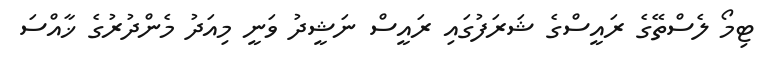
ޓިމޯ ލެސްތޭގެ ރައީސްގެ ޝަރަފުގައި ރައީސް ނަޝީދު ވަނީ މިއަދު މެންދުރުގެ ޚާއްސަ